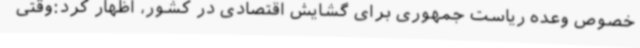
خصوص وعده ریاست جمهوری برای گشایش اقتصادی در کشور، اظهار کرد:وقتی